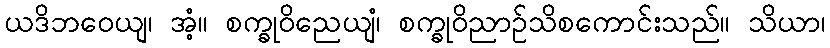
ယဒိဘဝေယျ၊ အံ့။ စက္ခုဝိညေယျံ၊ စက္ခုဝိညာဉ်သိစကောင်းသည်။ သိယာ၊